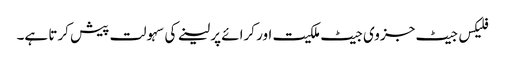
فلیکس جیٹ جزوی جیٹ ملکیت اور کرائے پر لینے کی سہولت پیش کرتا ہے۔